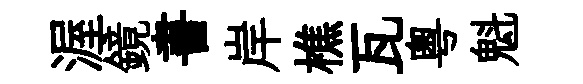
渥鏡書岸樵瓦粤魁